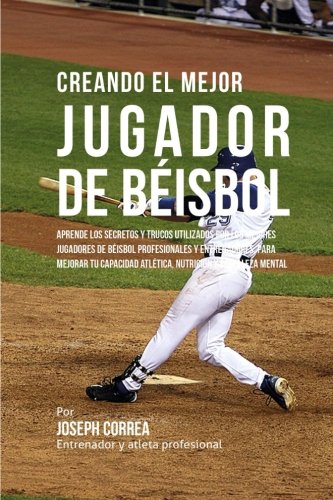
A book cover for Creando el Mejor Jugador de Beisbol: Aprende los secretos y trucos utilizados por los mejores jugadores de beisbol profesionales y entrenadores, para ... y fortaleza Mental (Spanish Edition); Joseph Correa (Entrenador y Atleta Profesional); Sports & Outdoors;